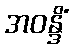
အဝန္ဒိံ